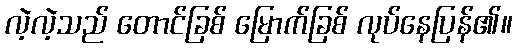
လဲ့လဲ့သည် တောင်ခြစ် မြောက်ခြစ် လုပ်နေပြန်၏။